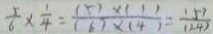
\frac { 5 } { 6 } \times \frac { 1 } { 4 } = \frac { ( 5 ) \times ( 1 ) } { ( 6 ) \times ( 4 ) } = \frac { ( 5 ) } { ( 2 4 ) }